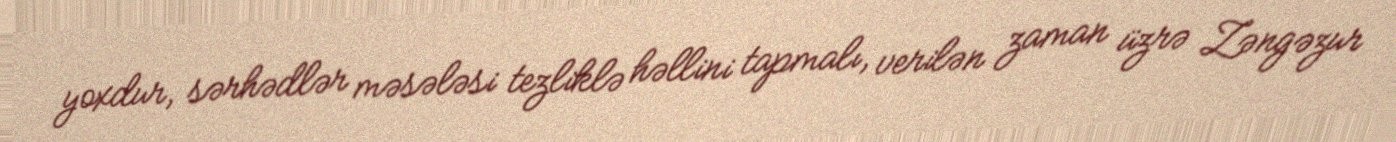
yoxdur, sərhədlər məsələsi tezliklə həllini tapmalı, verilən zaman üzrə Zəngəzur